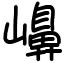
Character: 𡽶